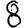
Digit: 8